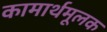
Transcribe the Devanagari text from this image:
कामार्थमूलक